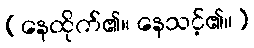
(နေထိုက်၏။ နေသင့်၏။)